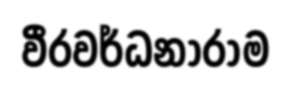
වීරවර්ධනාරාම